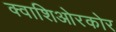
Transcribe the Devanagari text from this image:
क्वाशिओरकोर